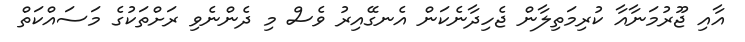
އާއި ޖޫރުމަނާއާ ކުރިމަތިލާން ޖެހިދާނެކަން އެނގޭއިރު ވެސް މި ދެންނެވި ރަށްތަކުގެ މަސައްކަތް